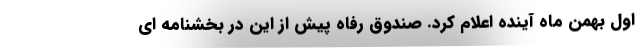
اول بهمن ماه آینده اعلام کرد. صندوق رفاه پیش از این در بخشنامه ای